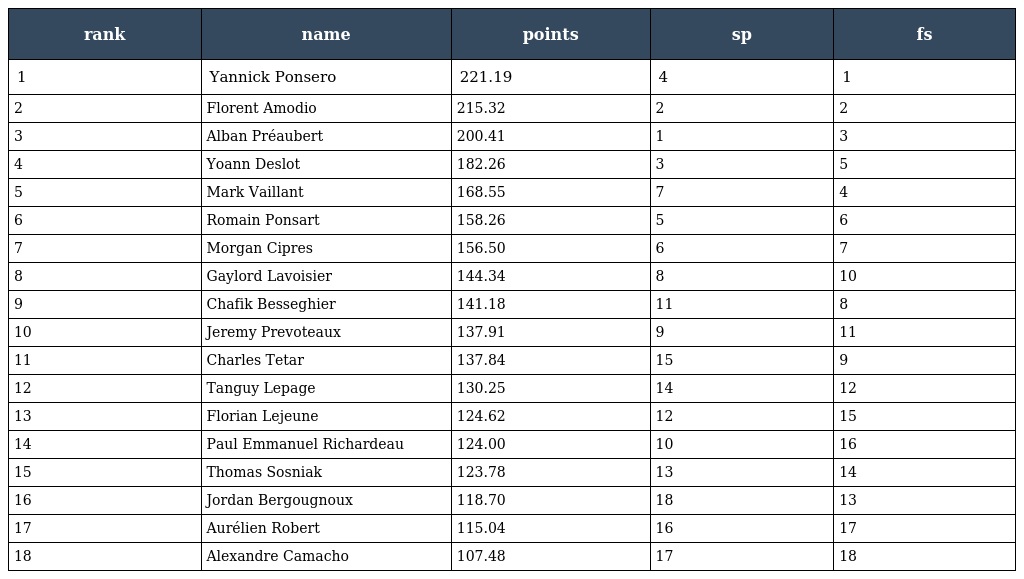
| rank | name | points | sp | fs |
 | --- | --- | --- | --- | --- |
 | 1 | Yannick Ponsero | 221.19 | 4 | 1 |
 | 2 | Florent Amodio | 215.32 | 2 | 2 |
 | 3 | Alban Préaubert | 200.41 | 1 | 3 |
 | 4 | Yoann Deslot | 182.26 | 3 | 5 |
 | 5 | Mark Vaillant | 168.55 | 7 | 4 |
 | 6 | Romain Ponsart | 158.26 | 5 | 6 |
 | 7 | Morgan Cipres | 156.50 | 6 | 7 |
 | 8 | Gaylord Lavoisier | 144.34 | 8 | 10 |
 | 9 | Chafik Besseghier | 141.18 | 11 | 8 |
 | 10 | Jeremy Prevoteaux | 137.91 | 9 | 11 |
 | 11 | Charles Tetar | 137.84 | 15 | 9 |
 | 12 | Tanguy Lepage | 130.25 | 14 | 12 |
 | 13 | Florian Lejeune | 124.62 | 12 | 15 |
 | 14 | Paul Emmanuel Richardeau | 124.00 | 10 | 16 |
 | 15 | Thomas Sosniak | 123.78 | 13 | 14 |
 | 16 | Jordan Bergougnoux | 118.70 | 18 | 13 |
 | 17 | Aurélien Robert | 115.04 | 16 | 17 |
 | 18 | Alexandre Camacho | 107.48 | 17 | 18 |